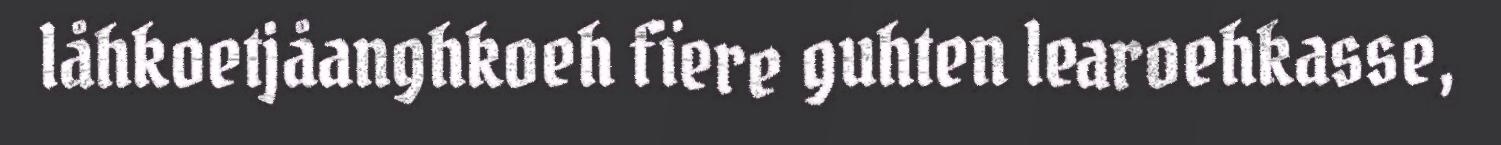
låhkoetjåanghkoeh fïere guhten learoehkasse,